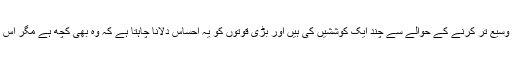
بھارت نے عالمی سیاست و معیشت میں اپنا کردار وسیع تر کرنے کے حوالے سے چند ایک کوششیں کی ہیں اور بڑی قوتوں کو یہ احساس دلانا چاہتا ہے کہ وہ بھی کچھ ہے مگر اِس میں خاطر خواہ کامیابی اب تک مل نہیں سکی ہے۔